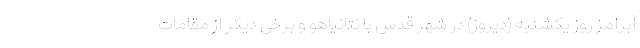
آبرامز روز یکشنبه (دیروز) در شهر قدس با نتانیاهو و برخی دیگر از مقامات